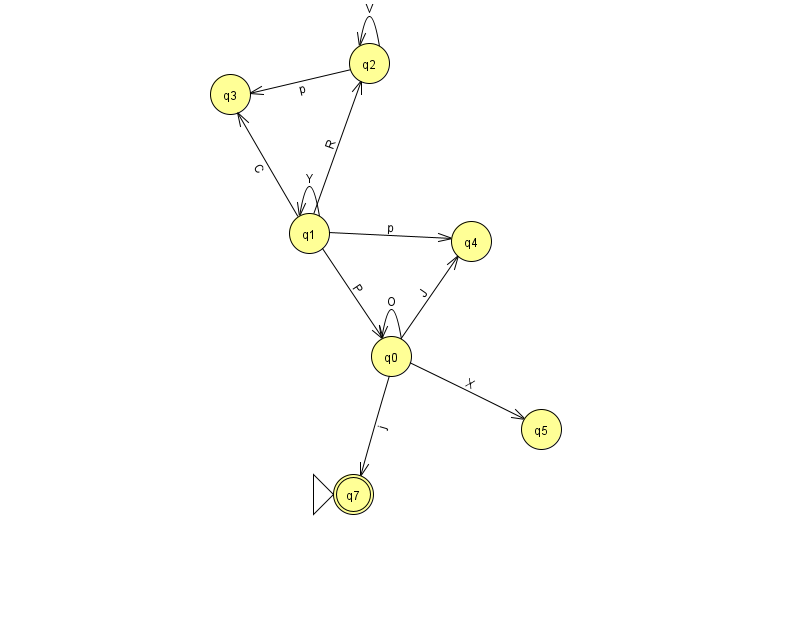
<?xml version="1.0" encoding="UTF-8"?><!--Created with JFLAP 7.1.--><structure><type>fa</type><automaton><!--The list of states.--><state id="0" name="q0"><x>391.0</x><y>343.0</y></state><state id="1" name="q1"><x>309.0</x><y>220.0</y></state><state id="2" name="q2"><x>369.0</x><y>50.0</y></state><state id="3" name="q3"><x>230.0</x><y>81.0</y></state><state id="4" name="q4"><x>471.0</x><y>228.0</y></state><state id="5" name="q5"><x>541.0</x><y>416.0</y></state><state id="7" name="q7"><x>353.0</x><y>481.0</y><initial/><final/></state><!--The list of transitions.--><transition><from>0</from><to>7</to><read>j</read></transition><transition><from>2</from><to>3</to><read>p</read></transition><transition><from>2</from><to>2</to><read>V</read></transition><transition><from>0</from><to>4</to><read>J</read></transition><transition><from>1</from><to>1</to><read>Y</read></transition><transition><from>1</from><to>2</to><read>R</read></transition><transition><from>1</from><to>3</to><read>C</read></transition><transition><from>1</from><to>4</to><read>p</read></transition><transition><from>1</from><to>0</to><read>P</read></transition><transition><from>0</from><to>0</to><read>O</read></transition><transition><from>0</from><to>5</to><read>X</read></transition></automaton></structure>